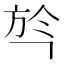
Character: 㫇